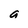
Character: a